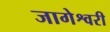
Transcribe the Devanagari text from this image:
जागेश्वरी